Scottish Certificate of Education, 1962
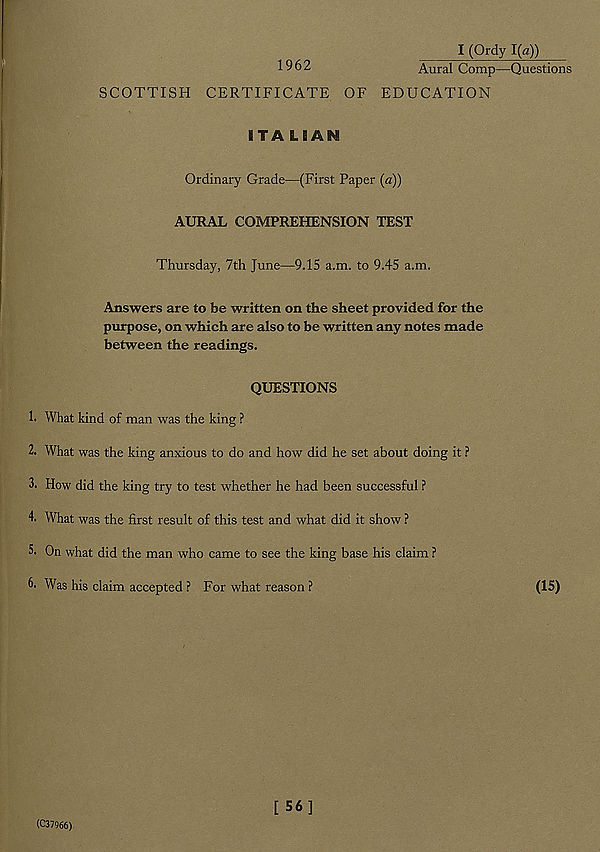
I (Ordy 1(a))
1962
Aural Comp—Questions
SCOTTISH CERTIFICATE OF EDUCATION
ITA LEAN
Ordinary Grade—(First Paper (a))
AURAL COMPREHENSION TEST
Thursday, 7th June—9.15 a.m. to 9.45 a.m.
Answers are to be written on the sheet provided for the
purpose, on which are also to be written any notes made
between the readings.
QUESTIONS
1. What kind of man was the king ?
2. What was the king anxious to do and how did he set about doing it ?
3. How did the king try to test whether he had been successful ?
4. What was the first result of this test and what did it show ?
5. On what did the man who came to see the king base his claim ?
6. Was his claim accepted ? For what reason ?
(15)
(C37966)
[ 56]